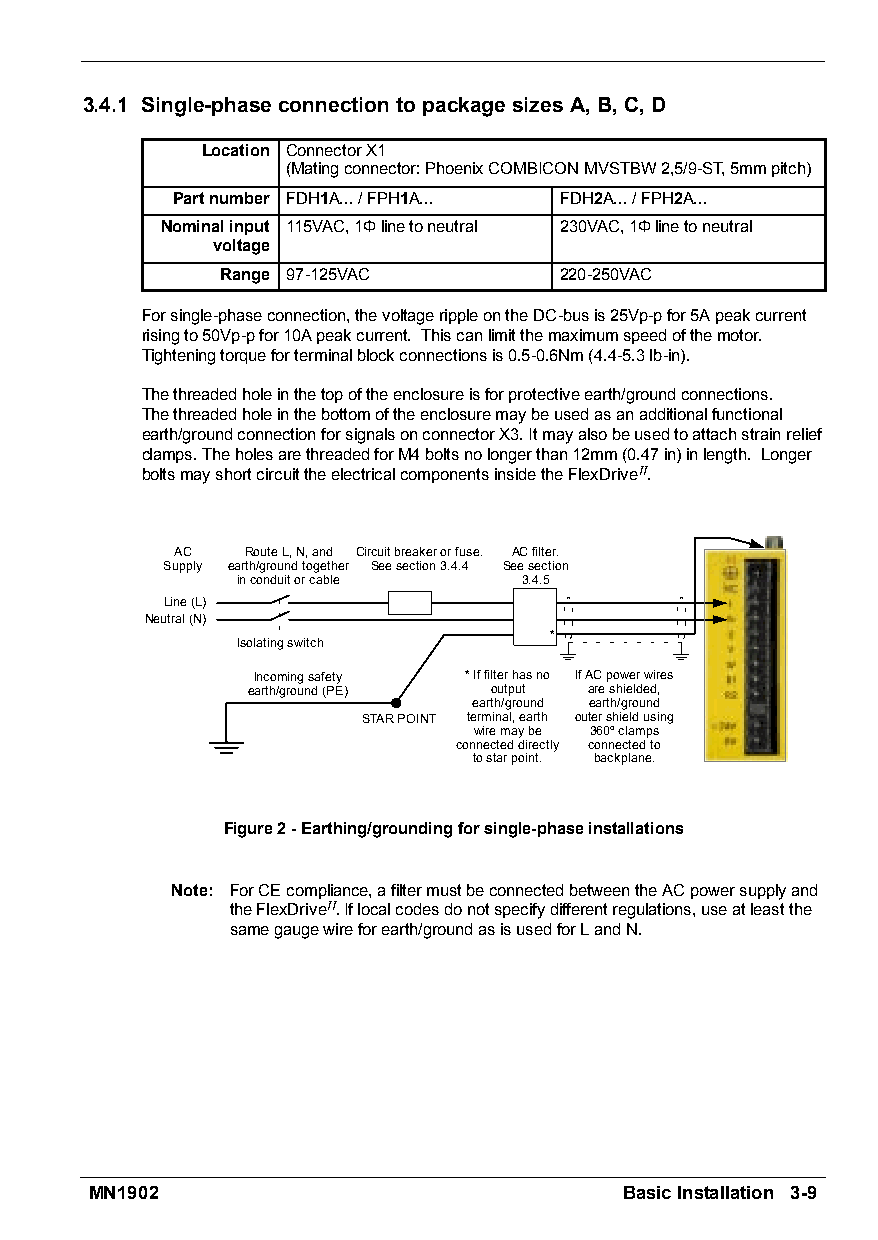
3.4.1 Single-phaseconnectiontopackagesizesA,B,C,D
 Location ConnectorX1
 (Matingconnector:PhoenixCOMBICONMVSTBW2,5/9-ST,5mmpitch)
 Partnumber FDH1A.../FPH1A... FDH2A.../FPH2A...
 Nominalinput 115VAC,1Φlinetoneutral 230VAC,1Φlinetoneutral
 voltage
 Range 97-125VAC       220-250VAC
 Forsingle-phaseconnection,thevoltagerippleontheDC-busis25Vp-pfor5Apeakcurrent
 risingto50Vp-pfor10Apeakcurrent. Thiscanlimitthemaximumspeedofthemotor.
 Tighteningtorqueforterminalblockconnectionsis0.5-0.6Nm(4.4-5.3lb-in).
 Thethreadedholeinthetopoftheenclosureisforprotectiveearth/groundconnections.
 Thethreadedholeinthebottomoftheenclosuremaybeusedasanadditionalfunctional
 earth/groundconnectionforsignalsonconnectorX3.Itmayalsobeusedtoattachstrainrelief
 clamps.TheholesarethreadedforM4boltsnolongerthan12mm(0.47in)inlength. Longer
 boltsmayshortcircuittheelectricalcomponentsinsidetheFlexDriveII.
 AC  RouteL,N,and Circuitbreakerorfuse. ACfilter.
 Supply earth/groundtogether Seesection3.4.4 Seesection
 inconduitorcable  3.4.5
 Line(L)
 Neutral(N)
 *
 Isolatingswitch
 Incomingsafety *Iffilterhasno IfACpowerwires
 earth/ground(PE) output areshielded,
 earth/ground earth/ground
 STARPOINT terminal,earth outershieldusing
 wiremaybe 360”clamps
 connecteddirectly connectedto
 tostarpoint. backplane.
 Figure2-Earthing/groundingforsingle-phaseinstallations
 Note: ForCEcompliance,afiltermustbeconnectedbetweentheACpowersupplyand
 theFlexDriveII.Iflocalcodesdonotspecifydifferentregulations,useatleastthe
 samegaugewireforearth/groundasisusedforLandN.
 MN1902                             BasicInstallation 3-9